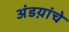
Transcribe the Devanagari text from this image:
अंडय़ांचे